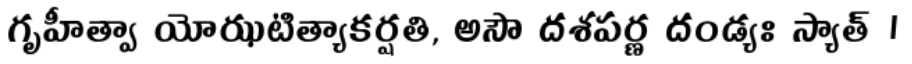
గృహీత్వా యోఝటిత్యాకర్షతి, అసౌ దశపర్ణ దండ్యః స్యాత్ ।